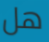
هل